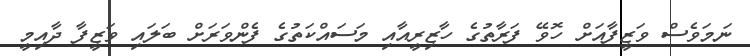
ނަމަވެސް ވަޒީފާއަށް ހޮވޭ ފަރާތުގެ ހާޒިރީއާއި މަސައްކަތުގެ ފެންވަރަށް ބަލައި ވަޒީފާ ދާއިމީ